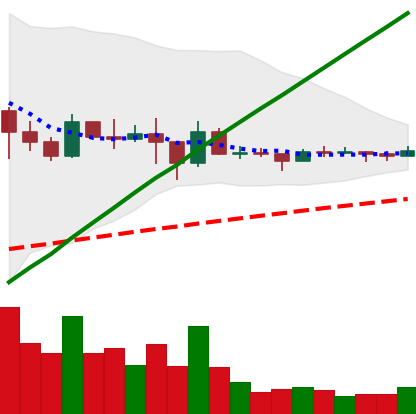
Ticker: DOGE-USD
Chart end date: 2021-03-06
Forward return: 9.677%
Label: up_7plus